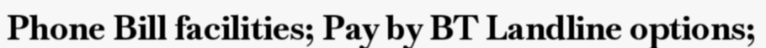
Phone Bill facilities; Pay by BT Landline options;